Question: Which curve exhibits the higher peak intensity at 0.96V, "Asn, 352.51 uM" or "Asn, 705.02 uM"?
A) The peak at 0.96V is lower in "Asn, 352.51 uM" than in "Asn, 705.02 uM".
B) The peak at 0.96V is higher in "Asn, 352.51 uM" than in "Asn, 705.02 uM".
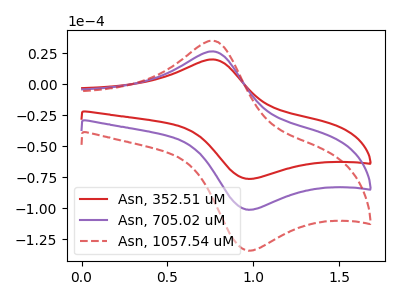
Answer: <think>The red curve "Asn, 352.51 uM" has an anodic peak at (0.75V, 20.00uA) and a cathodic peak at (0.95V, -76.30uA). The purple curve "Asn, 705.02 uM" has an anodic peak at (0.75V, 26.50uA) and a cathodic peak at (0.95V, -101.15uA). The red dashed curve "Asn, 1057.54 uM" has an anodic peak at (0.75V, 53.00uA) and a cathodic peak at (0.95V, -202.30uA).</think>
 <answer>A) The peak at 0.96V is lower in "Asn, 352.51 uM" than in "Asn, 705.02 uM".</answer>
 <eval>A</eval>